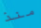
منذ